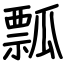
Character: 瓢